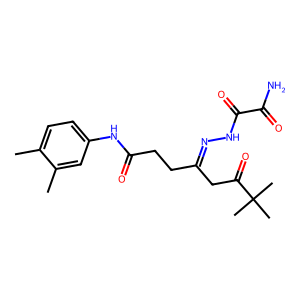
SMILES: Cc1ccc(NC(=O)CCC(CC(=O)C(C)(C)C)=NNC(=O)C(N)=O)cc1C
Inhibits HIV replication: No